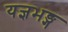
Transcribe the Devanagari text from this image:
यज्ञभङ्ग